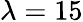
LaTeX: \lambda=15